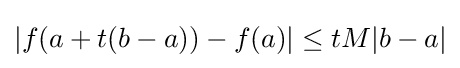
|f(a+t(b-a))-f(a)|\leq tM|b-a|